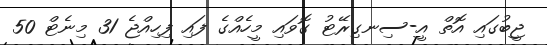
ޖީބުގައި އޮތް އީ-ސިނގިރޭޓު ގޮވައި މީހެއްގެ ފައި ފިހިއްޖެ 31 މިނެޓް 50